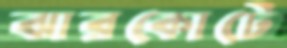
ঝারকোটে